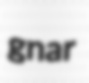
gnar